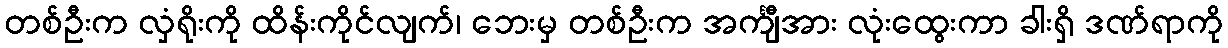
တစ်ဦးက လှံရိုးကို ထိန်းကိုင်လျက်၊ ဘေးမှ တစ်ဦးက အင်္ကျီအား လုံးထွေးကာ ခါးရှိ ဒဏ်ရာကို